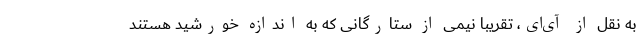
به نقل از آی‌ای، تقریباً نیمی از ستارگانی که به اندازه خورشید هستند